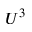
U ^ { 3 }